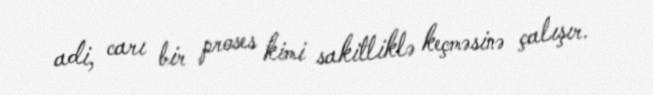
adi, carı bir proses kimi sakitliklə keçməsinə çalışır.